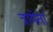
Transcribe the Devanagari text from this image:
त्रायेतां